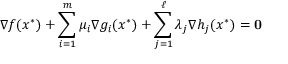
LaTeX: \nabla f ( x ^ { * } ) + \sum _ { i = 1 } ^ { m } \mu _ { i } \nabla g _ { i } ( x ^ { * } ) + \sum _ { j = 1 } ^ { \ell } \lambda _ { j } \nabla h _ { j } ( x ^ { * } ) = \mathbf { 0 }